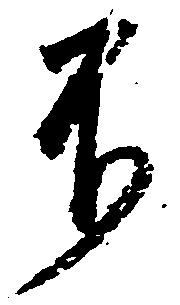
不